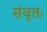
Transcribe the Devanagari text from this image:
संवृतः